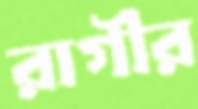
রাগীর